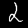
Label: 2